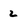
Character: 2